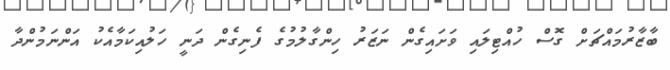
ބާޒާރުމައްޗަށް ގޮސް ހުއްޓިލައި ވަށައިގެން ނަޒަރު ހިންގާލުމުގެ ފެނިގެން ދަނީ ހަލުއިކަމާއެކު އަންނަމުންދާ